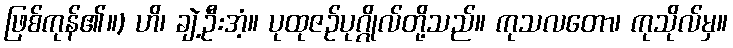
ဖြစ်ကုန်၏။) ဟိ၊ ချဲ့ဦးအံ့။ ပုထုဇဉ်ပုဂ္ဂိုလ်တို့သည်။ ကုသလတော၊ ကုသိုလ်မှ။